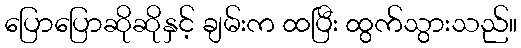
ပြောပြောဆိုဆိုနှင့် ချမ်းက ထပြီး ထွက်သွားသည်။